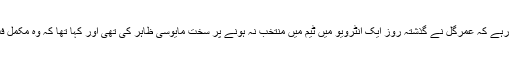
واضح رہے کہ عمرگل نے گذشتہ روز ایک انٹرویو میں ٹیم میں منتخب نہ ہونے پر سخت مایوسی ظاہر کی تھی اور کہا تھا کہ وہ مکمل فٹ ہیں۔